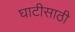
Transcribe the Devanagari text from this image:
घाटीसाठी